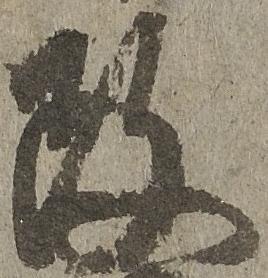
政